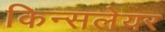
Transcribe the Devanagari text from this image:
किन्सलेयर